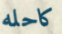
كاحله